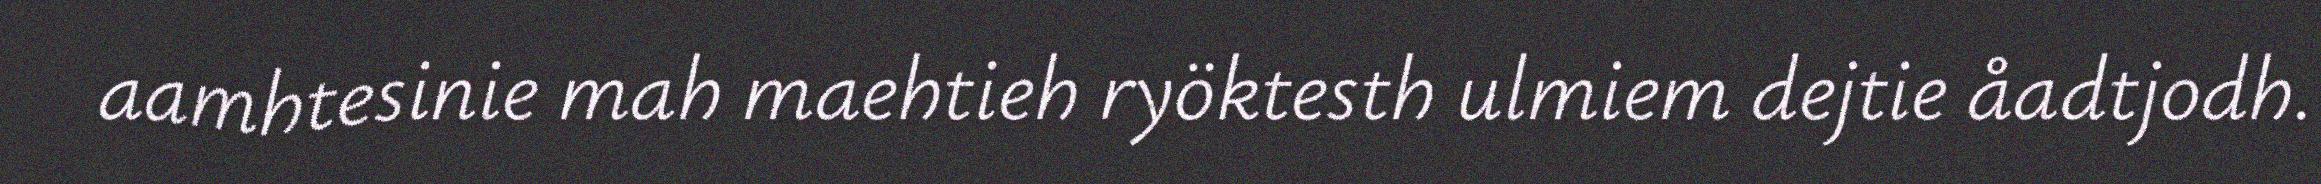
aamhtesinie mah maehtieh ryöktesth ulmiem dejtie åadtjodh.